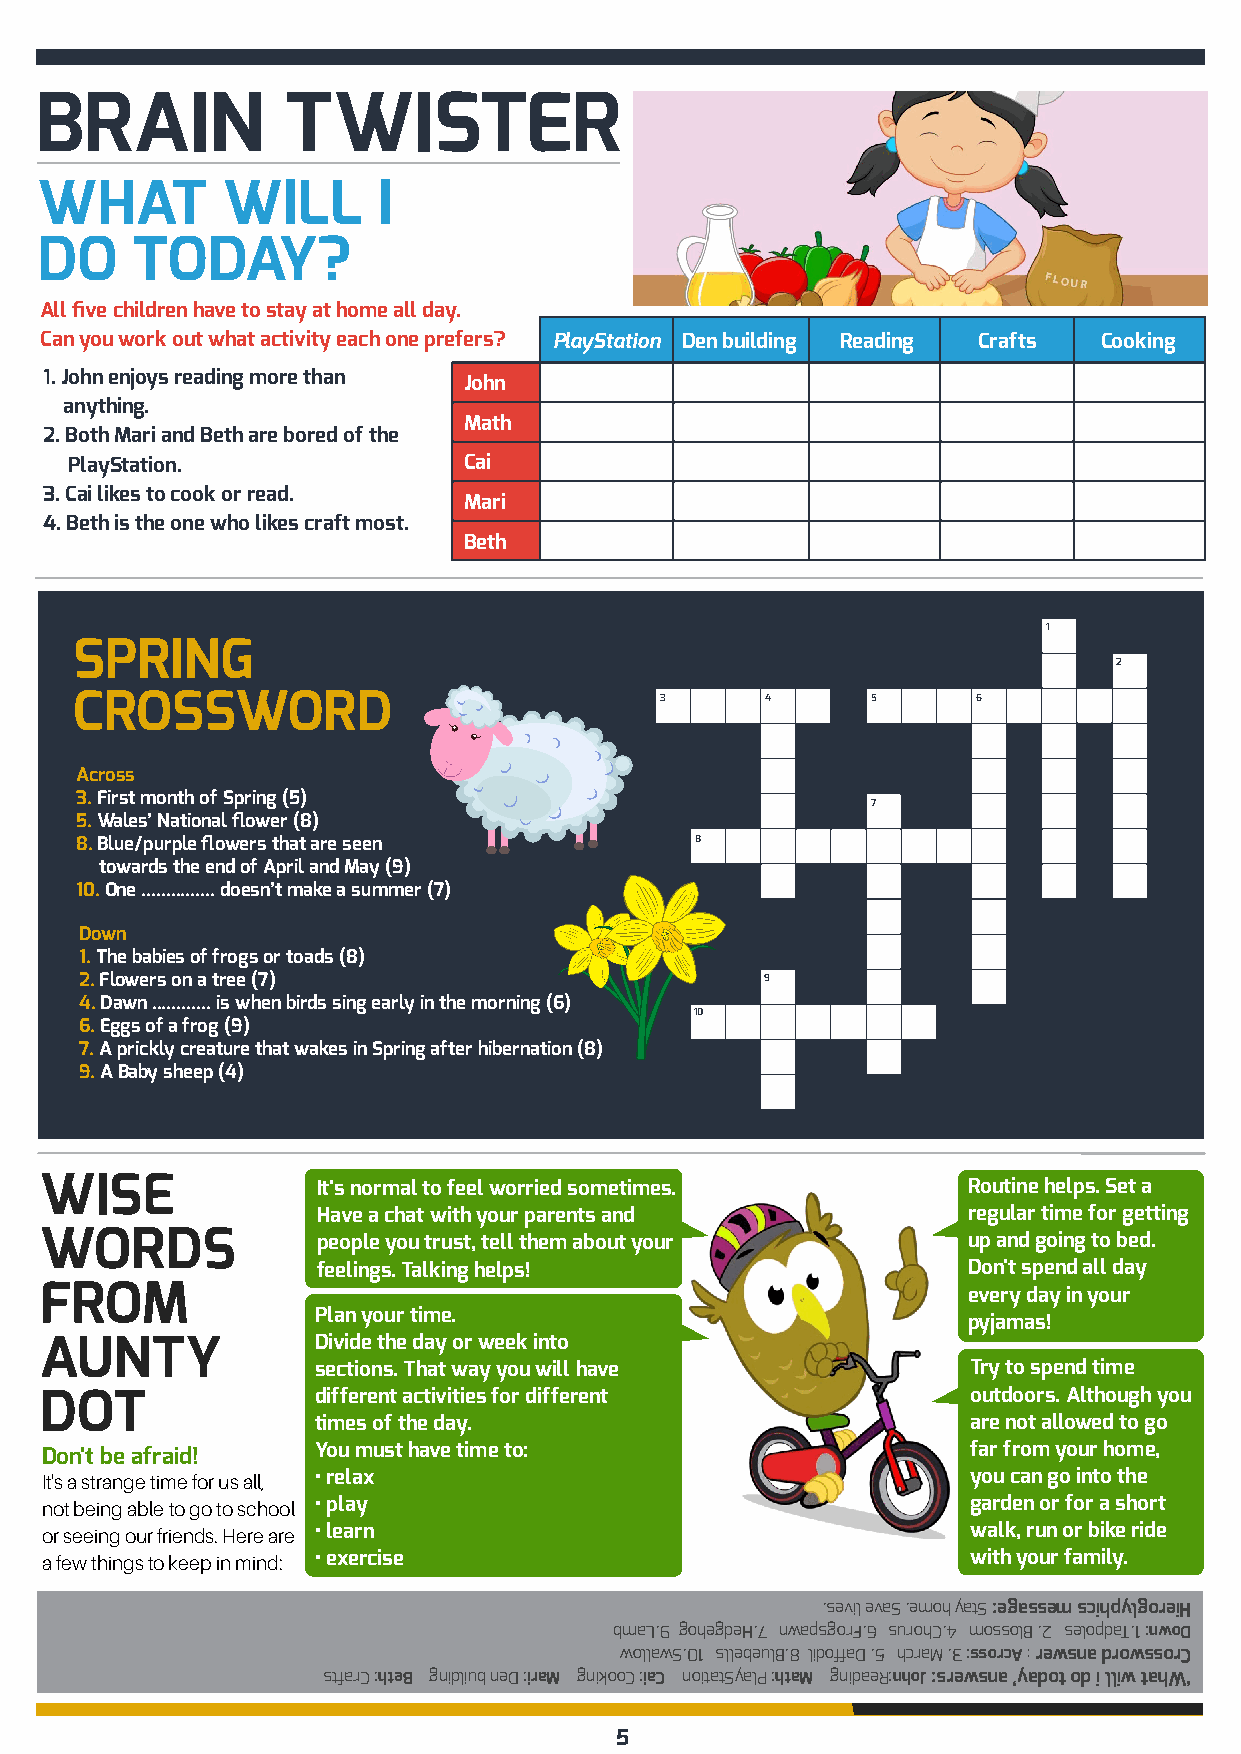
BRAIN            TWISTER
 WHAT         WILL      I
 DO     TODAY?
 All five children have to stay at home all day.
 Can you work out what activity each one prefers? PlayStation Den building Reading Crafts Cooking
 1. John enjoys reading more than John
 anything.
 Math
 2. Both Mari and Beth are bored of the
 PlayStation.              Cai
 3. Cai likes to cook or read.
 Mari
 4. Beth is the one who likes craft most.
 Beth
 1
 SPRING
 2
 CROSSWORD                              3      4      5      6
 Across
 3. First month of Spring (5)
 7
 5. Wales’ National flower (8)
 8. Blue/purple flowers that are seen     8
 towards the end of April and May (9)
 10. One ............... doesn’t make a summer (7)
 Down
 1. The babies of frogs or toads (8)
 2. Flowers on a tree (7)                      9
 4. Dawn ............ is when birds sing early in the morning (6)
 10
 6. Eggs of a frog (9)
 7. A prickly creature that wakes in Spring after hibernation (8)
 9. A Baby sheep (4)
 WISE              It's normal to feel worried sometimes.     Routine helps. Set a
 Have a chat with your parents and          regular time for getting
 WORDS             people you trust, tell them about your     up and going to bed.
 feelings. Talking helps!                   Don't spend all day
 FROM                                                         every day in your
 Plan your time.
 pyjamas!
 AUNTY             Divide the day or week into
 sections. That way you will have           Try to spend time
 DOT               different activities for different         outdoors. Although you
 times of the day.                          are not allowed to go
 Don't be afraid!  You must have time to:                     far from your home,
 It's a strange time for us all, • relax                      you can go into the
 not being able to go to school • play                        garden or for a short
 or seeing our friends. Here are • learn                      walk, run or bike ride
 a few things to keep in mind: • exercise                     with your family.
 .sevil evaS .emoh yatS :egassem scihpylgoreiH
 bmaL.9 gohegdeH.7 nwapsgorF.6 surohC.4 mossolB .2 selopdaT.1 :nwoD
 wollawS.01 sllebeulB.8 lidoffaD .5 hcraM .3 :ssorcA : rewsna drowssorC
 stfarC :hteB gnidliub neD :iraM gnikooC :iaC noitatSyalP :htaM gnidaeR:nhoJ :srewsna ’yadot od i lliw tahW‘
 5